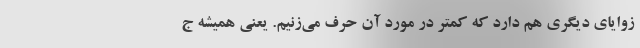
زوایای دیگری هم دارد که کمتر در مورد آن حرف می‌زنیم. یعنی همیشه ج